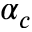
\alpha _ { c }